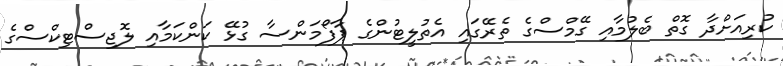
ކުރިއަށްދާ ގޮތް ބެލުމާއި ގޭމްސްގެ ތެރޭގައި އެތުލީޓުންގެ ޕާފޯމަންސާ ގުޅޭ ކަންކަމާއި ލޮޖިސްޓިކްސްގެ